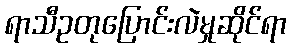
ရာသီဥတုပြောင်းလဲမှုဆိုင်ရာ